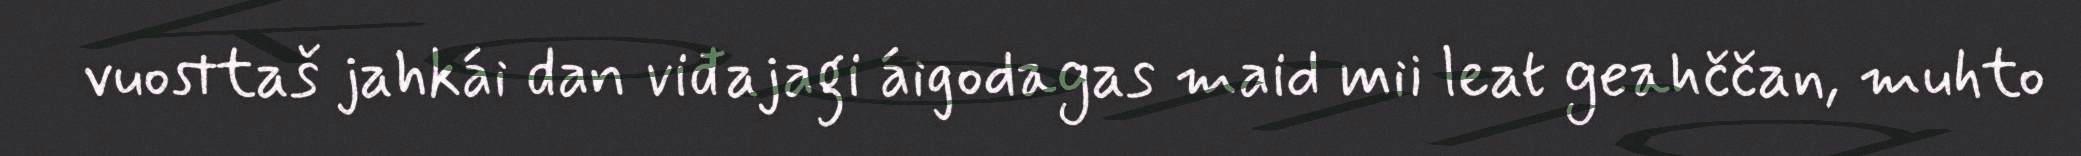
vuosttaš jahkái dan viđajagi áigodagas maid mii leat geahččan, muhto